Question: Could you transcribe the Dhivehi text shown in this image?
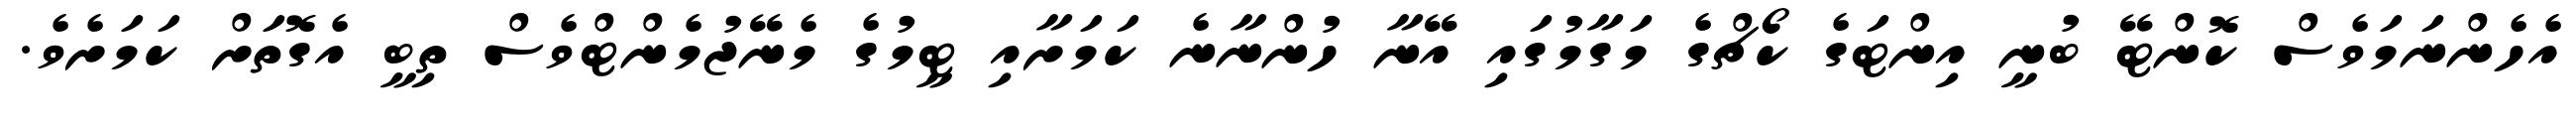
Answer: އެހެންނަމަވެސް ކޮންޓޭ ބުނީ އިންޓަގެ ކޯޗްގެ މަގާމުގައި އޭނާ ހުންނާނެ ކަމަށާއި ޓީމުގެ މެނޭޖުމެންޓްވެސް ތިބީ އެގޮތަށް ކަމަށެވެ.